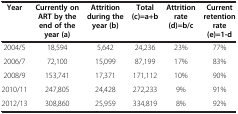
<table><thead><tr><td><b>Year</b></td><td><b>Currently on ART by the end of the year (a)</b></td><td><b>Attrition during the year (b)</b></td><td><b>Total (c)=a+b</b></td><td><b>Attrition rate (d)=b/c</b></td><td><b>Current retention rate (e)=1-d</b></td></tr></thead><tbody><tr><td>2004/5</td><td>18,594</td><td>5,642</td><td>24,236</td><td>23%</td><td>77%</td></tr><tr><td>2006/7</td><td>72,100</td><td>15,099</td><td>87,199</td><td>17%</td><td>83%</td></tr><tr><td>2008/9</td><td>153,741</td><td>17,371</td><td>171,112</td><td>10%</td><td>90%</td></tr><tr><td>2010/11</td><td>247,805</td><td>24,428</td><td>272,233</td><td>9%</td><td>91%</td></tr><tr><td>2012/13</td><td>308,860</td><td>25,959</td><td>334,819</td><td>8%</td><td>92%</td></tr></tbody></table>